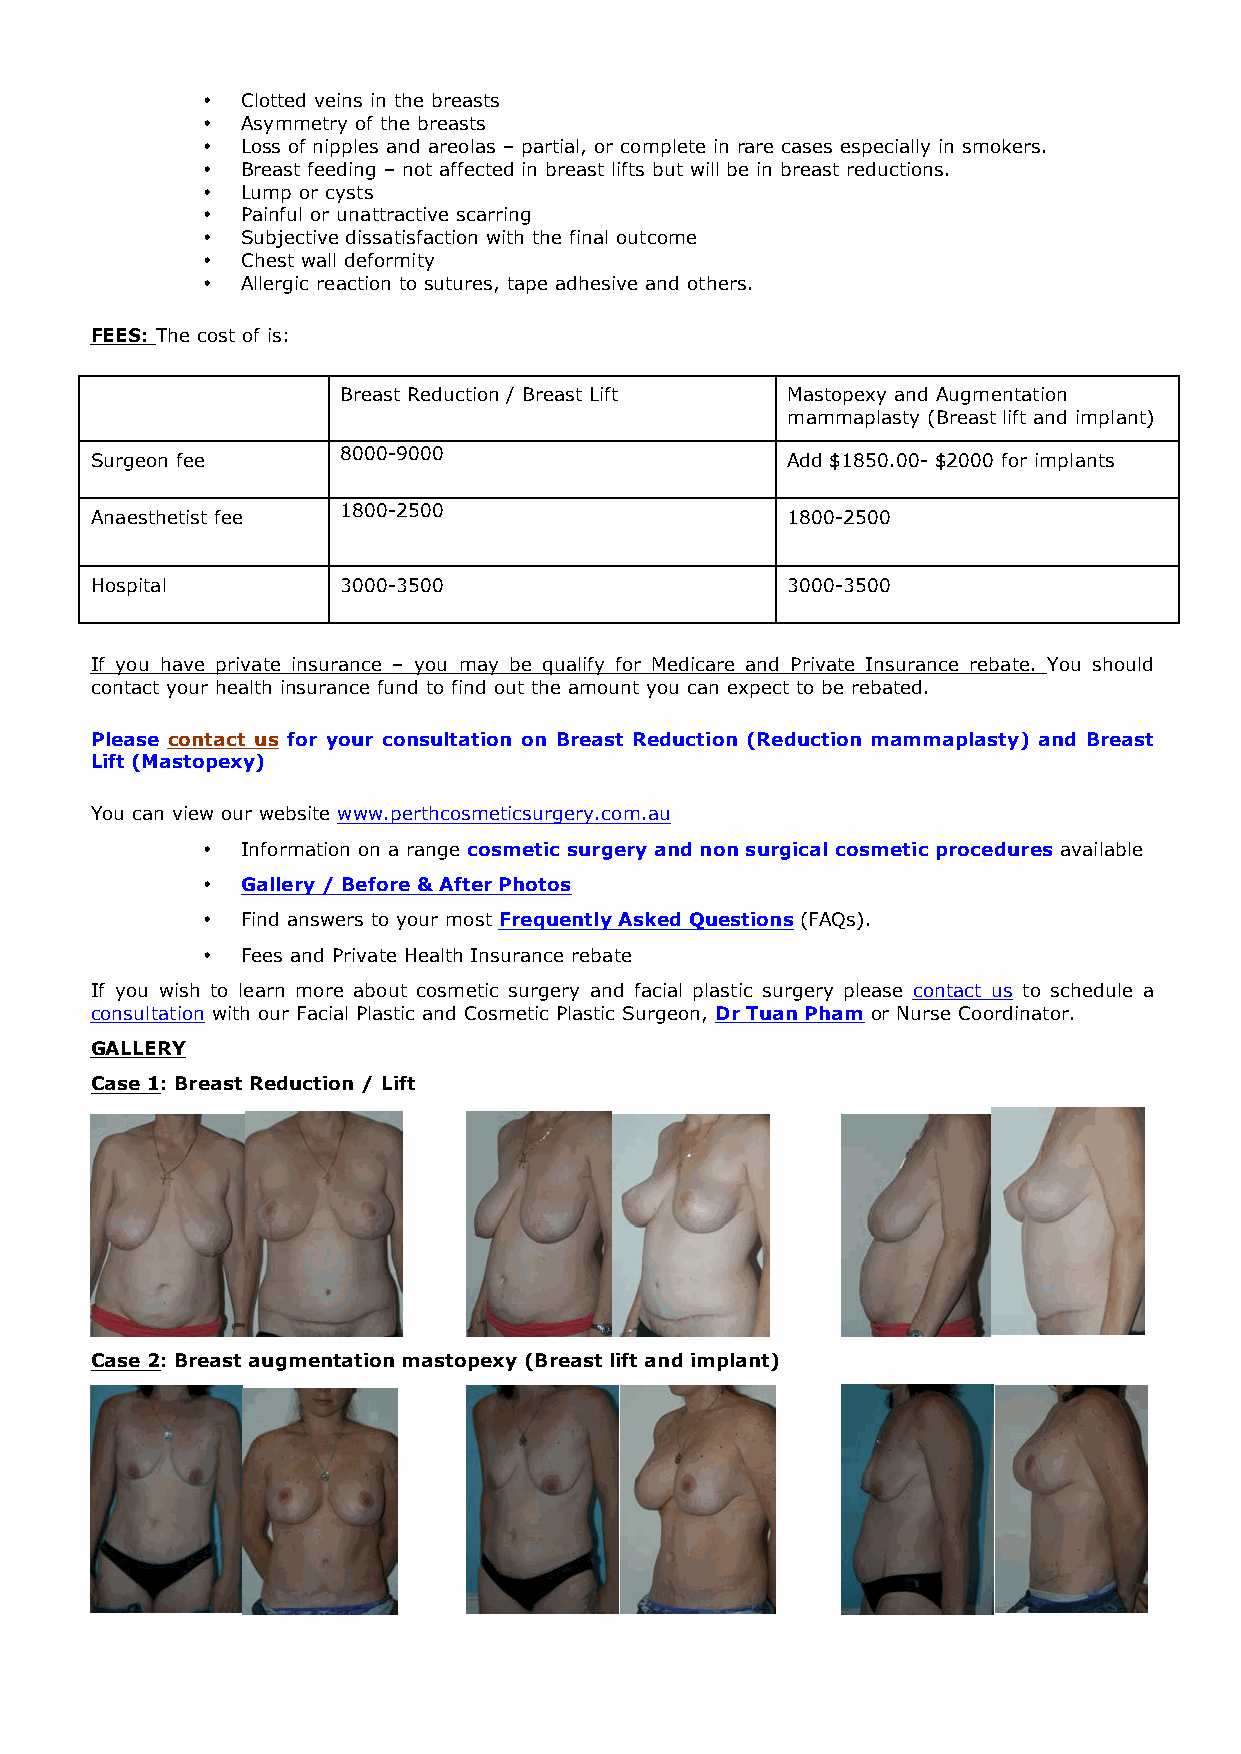
•  Clotted veins in the breasts
 •  Asymmetry of the breasts
 •  Loss of nipples and areolas – partial, or complete in rare cases especially in smokers.
 •  Breast feeding – not affected in breast lifts but will be in breast reductions.
 •  Lump or cysts
 •  Painful or unattractive scarring
 •  Subjective dissatisfaction with the final outcome
 •  Chest wall deformity
 •  Allergic reaction to sutures, tape adhesive and others.
 FEES: The cost of is:
 Breast Reduction / Breast Lift Mastopexy and Augmentation
 mammaplasty (Breast lift and implant)
 8000-9000
 Surgeon fee                                   Add $1850.00- $2000 for implants
 1800-2500
 Anaesthetist fee                              1800-2500
 Hospital        3000-3500                     3000-3500
 If you have private insurance – you may be qualify for Medicare and Private Insurance rebate. You should
 contact your health insurance fund to find out the amount you can expect to be rebated.
 Please contact us for your consultation on Breast Reduction (Reduction mammaplasty) and Breast
 Lift (Mastopexy)
 You can view our website www.perthcosmeticsurgery.com.au
 •  Information on a range cosmetic surgery and non surgical cosmetic procedures available
 •  Gallery / Before & After Photos
 •  Find answers to your most Frequently Asked Questions (FAQs).
 •  Fees and Private Health Insurance rebate
 If you wish to learn more about cosmetic surgery and facial plastic surgery please contact us to schedule a
 consultation with our Facial Plastic and Cosmetic Plastic Surgeon, Dr Tuan Pham or Nurse Coordinator.
 GALLERY
 Case 1: Breast Reduction / Lift
 Case 2: Breast augmentation mastopexy (Breast lift and implant)